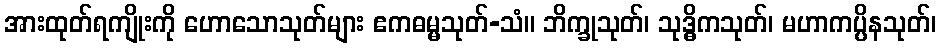
အားထုတ်ရကျိုးကို ဟောသောသုတ်များ ဧကဓမ္မသုတ်-သံ။ ဘိက္ခုသုတ်၊ သုဒ္ဓိကသုတ်၊ မဟာကပ္ပိနသုတ်၊